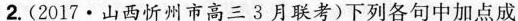
2. (2017·山西忻州市高三3月联考) 下列各句中加点成